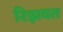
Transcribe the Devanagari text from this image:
रिझवत